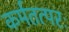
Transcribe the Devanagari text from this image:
कर्मतत्परः